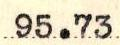
95.73